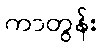
ကာတွန်း